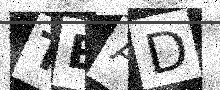
Text: TEAD